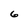
Character: 6